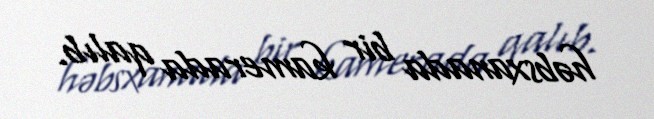
həbsxanada bir kamerada qalıb.